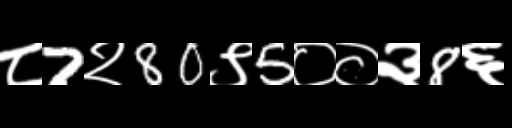
Text: ८7२80९5००३8६